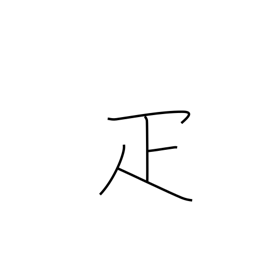
Meaning: counter for animals